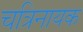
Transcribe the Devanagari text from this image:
चत्रिनायक